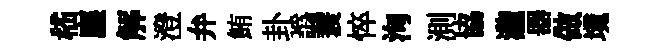
嵇塵解澄弁鮪卦譌蓑悴洵測協瀧器做境